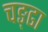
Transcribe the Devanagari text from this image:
चङ्ढा